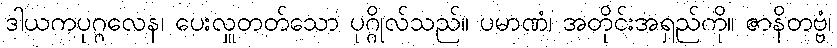
ဒါယကပုဂ္ဂလေန၊ ပေးလှူတတ်သော ပုဂ္ဂိုလ်သည်။ ပမာဏံ၊ အတိုင်းအရှည်ကို။ ဇာနိတဗ္ဗံ၊